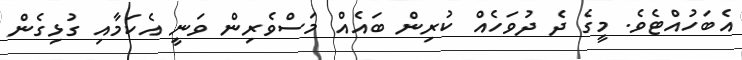
އެބަހުއްޓެވެ. މީގެ ދެ ދުވަހެއް ކުރިން ބައެއް މަސްވެރިން ވަނީ އެކަމާއި ގުޅިގެން